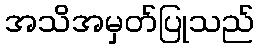
အသိအမှတ်ပြုသည်